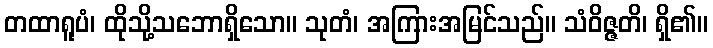
တထာရူပံ၊ ထိုသို့သဘောရှိသော။ သုတံ၊ အကြားအမြင်သည်။ သံဝိဇ္ဇတိ၊ ရှိ၏။